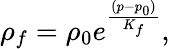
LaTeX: \begin{array}{r}{\rho_{f}=\rho_{0}e^{\frac{(p-p_{0})}{K_{f}}},}\end{array}